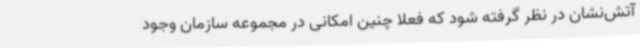
آتش‌نشان در نظر گرفته شود که فعلا چنین امکانی در مجموعه سازمان وجود